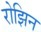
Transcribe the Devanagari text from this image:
रोझिन